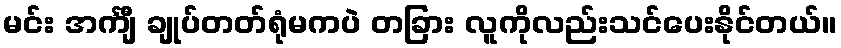
မင်း အင်္ကျီ ချုပ်တတ်ရုံမကပဲ တခြား လူကိုလည်းသင်ပေးနိုင်တယ်။